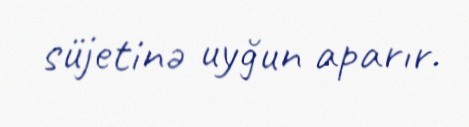
süjetinə uyğun aparır.